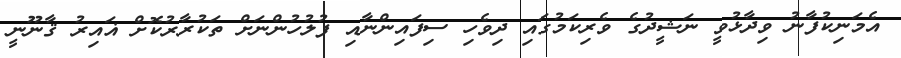
އެމަނިކުފާނު ވިދާޅުވީ ނަޝީދުގެ ވެރިކަމުގައި ދިވެހި ސިފައިންނާއި ފުލުހުންނަށް ތަކުރާރުކޮށް ޣައިރު ޤާނޫނީ